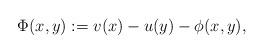
LaTeX: \begin{align*}\Phi (x,y) : = v(x) - u(y) - \phi(x,y), \end{align*}